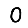
Digit: 0